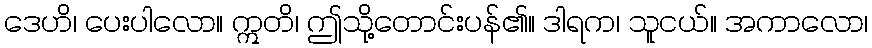
ဒေဟိ၊ ပေးပါလော။ ဣတိ၊ ဤသို့တောင်းပန်၏။ ဒါရက၊ သူငယ်။ အကာလော၊